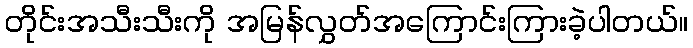
တိုင်းအသီးသီးကို အမြန်လွှတ်အကြောင်းကြားခဲ့ပါတယ်။